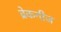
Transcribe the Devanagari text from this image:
ब्रेकनीज